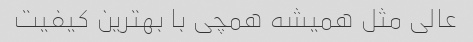
عالی مثل همیشه همچی با بهترین کیفیت